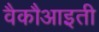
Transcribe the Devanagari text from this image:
वैकौआइती